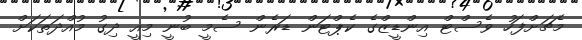
މެޗަށްފަހު ވެސްޓް އިންޑީޒްގެ ކެޕްޓަން ޑަރެން ސެމީ ބުނީ މިއީ ދިގު މުއްދަތަކަށް